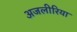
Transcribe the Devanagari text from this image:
अजलीरिया